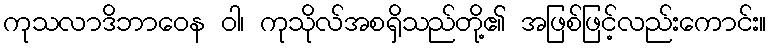
ကုသလာဒိဘာဝေန ဝါ၊ ကုသိုလ်အစရှိသည်တို့၏ အဖြစ်ဖြင့်လည်းကောင်း။